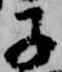
子